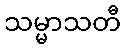
သမ္မာသတီ